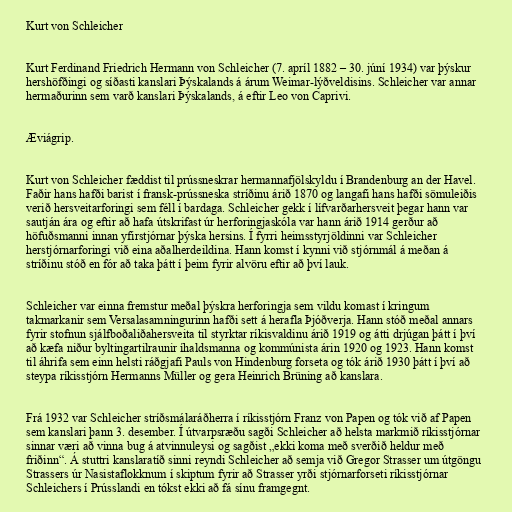
Kurt von Schleicher

Kurt Ferdinand Friedrich Hermann von Schleicher (7. apríl 1882 – 30. júní 1934) var þýskur
hershöfðingi og síðasti kanslari Þýskalands á árum Weimar-lýðveldisins. Schleicher var annar
hermaðurinn sem varð kanslari Þýskalands, á eftir Leo von Caprivi.

Æviágrip.

Kurt von Schleicher fæddist til prússneskrar hermannafjölskyldu í Brandenburg an der Havel.
Faðir hans hafði barist í fransk-prússneska stríðinu árið 1870 og langafi hans hafði sömuleiðis
verið hersveitarforingi sem féll í bardaga. Schleicher gekk í lífvarðarhersveit þegar hann var
sautján ára og eftir að hafa útskrifast úr herforingjaskóla var hann árið 1914 gerður að
höfuðsmanni innan yfirstjórnar þýska hersins. Í fyrri heimsstyrjöldinni var Schleicher
herstjórnarforingi við eina aðalherdeildina. Hann komst í kynni við stjórnmál á meðan á
stríðinu stóð en fór að taka þátt í þeim fyrir alvöru eftir að því lauk.

Schleicher var einna fremstur meðal þýskra herforingja sem vildu komast í kringum
takmarkanir sem Versalasamningurinn hafði sett á herafla Þjóðverja. Hann stóð meðal annars
fyrir stofnun sjálfboðaliðahersveita til styrktar ríkisvaldinu árið 1919 og átti drjúgan þátt í því
að kæfa niður byltingartilraunir íhaldsmanna og kommúnista árin 1920 og 1923. Hann komst
til áhrifa sem einn helsti ráðgjafi Pauls von Hindenburg forseta og tók árið 1930 þátt í því að
steypa ríkisstjórn Hermanns Müller og gera Heinrich Brüning að kanslara.

Frá 1932 var Schleicher stríðsmálaráðherra í ríkisstjórn Franz von Papen og tók við af Papen
sem kanslari þann 3. desember. Í útvarpsræðu sagði Schleicher að helsta markmið ríkisstjórnar
sinnar væri að vinna bug á atvinnuleysi og sagðist „ekki koma með sverðið heldur með
friðinn“. Á stuttri kanslaratíð sinni reyndi Schleicher að semja við Gregor Strasser um útgöngu
Strassers úr Nasistaflokknum í skiptum fyrir að Strasser yrði stjórnarforseti ríkisstjórnar
Schleichers í Prússlandi en tókst ekki að fá sínu framgegnt.